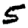
Digit: 5